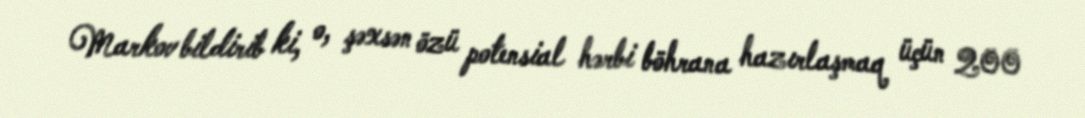
Markov bildirib ki, o, şəxsən özü potensial hərbi böhrana hazırlaşmaq üçün 200